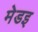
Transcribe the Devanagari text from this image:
मेडइ